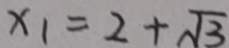
x _ { 1 } = 2 + \sqrt { 3 }